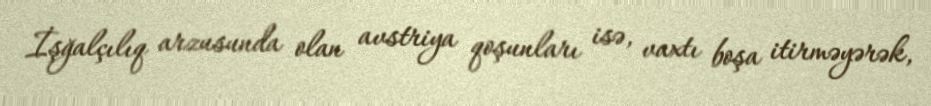
İşğalçılıq arzusunda olan avstriya qoşunları isə, vaxtı boşa itirməyərək,